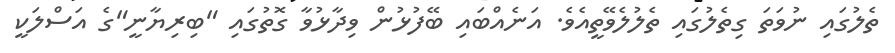
ތެލުގައި ނުވަތަ ގިތެލުގައި ތެލުލެވޭތީއެވެ. އަނެއްބައި ބޭފުޅުން ވިދާޅުވާ ގޮތުގައި "ބިރިޔާނީ"ގެ އަސްލަކީ